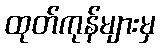
ထုတ်ကုန်များမှ